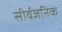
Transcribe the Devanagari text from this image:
सीर्वजनिक